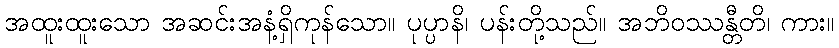
အထူးထူးသော အဆင်းအနံ့ရှိကုန်သော။ ပုပ္ပာနိ၊ ပန်းတို့သည်။ အဘိဝဿန္တီတိ၊ ကား။